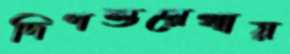
দিগন্তরেখায়